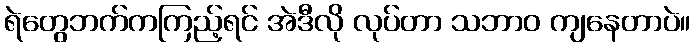
ရဲတွေဘက်ကကြည့်ရင် အဲဒီလို လုပ်တာ သဘာဝ ကျနေတာပဲ။